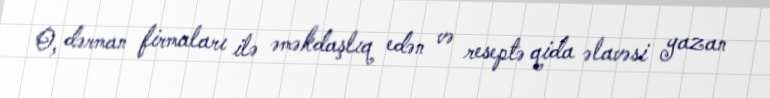
O, dərman firmaları ilə əməkdaşlıq edən və reseptə qida əlavəsi yazan